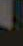
-